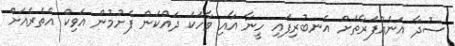
ސުދާ އަނެއްފަރާތަށް އެނބުރިފައި ހީނާ އާއި ވާހަކަ ދައްކަން ފެށުމުން އަވިކް އެތެރެއަށް